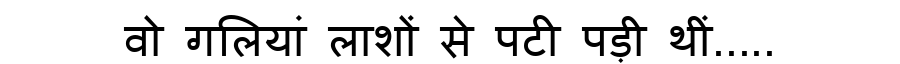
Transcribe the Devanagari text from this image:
वो गलियां लाशों से पटी पड़ी थीं.....